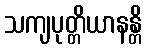
သကျပုတ္တိယာနန္တိ